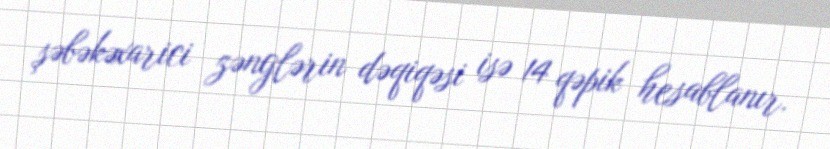
şəbəkəxarici zənglərin dəqiqəsi isə 14 qəpik hesablanır.